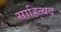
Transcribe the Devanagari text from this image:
साहित्यद